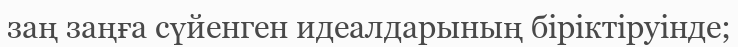
заң заңға сүйенген идеалдарының бiрiктiруiнде;